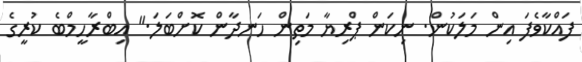
ފައްކާވެފަ އިން މަލަކުން. ނިކަން ޕްރިޔާ މަތިން ހަނދާން ކޮށްބަލަ." އިބްރާހީމްބެ ކުރީގެ